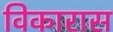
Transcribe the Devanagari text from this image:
विकारास